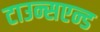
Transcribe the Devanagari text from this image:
टाउन्सएन्ड